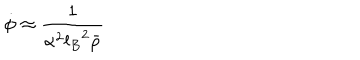
\dot { \phi } \approx { \frac { 1 } { \alpha ^ { 2 } { l _ { B } } ^ { 2 } \bar { \rho } } }